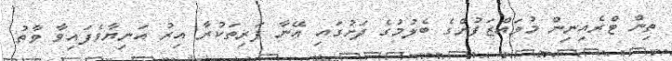
ތިން ޓްރެއިނިން މުވައްޒަފުންގެ ބެލުމުގެ ދަށުގައި އޭނާ ފަރިތަކުރާ އިރު އަނިޔާވެފައިވާ ވާތު